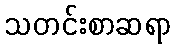
သတင်းစာဆရာ